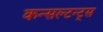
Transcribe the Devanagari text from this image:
कन्सल्टन्ट्स